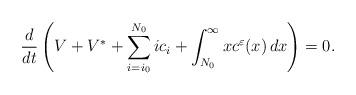
LaTeX: \begin{align*}\frac{d}{dt}\left(V+ V^* + \sum_{i=i_0}^{N_0} i c_i +\int_{N_0}^{\infty} x c^{\varepsilon}(x)\, dx \right)=0.\end{align*}